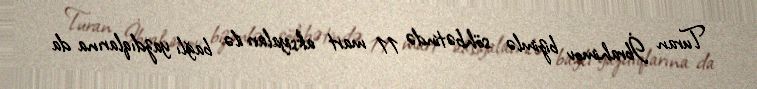
Turan İbrahimov bizimlə söhbətində 11 mart aksiyaları ilə bağlı yazdıqlarına da